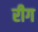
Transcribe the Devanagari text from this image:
रीग